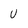
Character: U